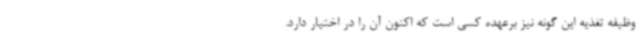
وظیفه تغذیه این گونه نیز برعهده کسی است که اکنون آن را در اختیار دارد.